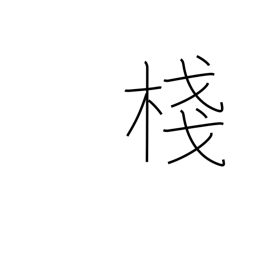
Meaning: crosspiece